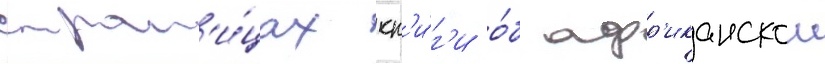
стран'и́цах кн'и́г'и о́б афр'иканскои